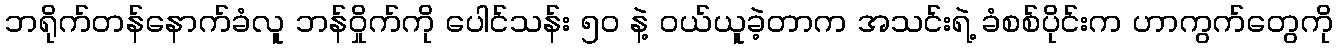
ဘရိုက်တန်နောက်ခံလူ ဘန်ဝှိုက်ကို ပေါင်သန်း ၅၀ နဲ့ ဝယ်ယူခဲ့တာက အသင်းရဲ့ ခံစစ်ပိုင်းက ဟာကွက်တွေကို